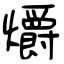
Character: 爝